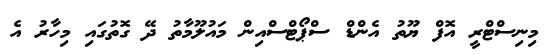
މިނިސްޓްރީ އޮފް ޔޫތު އެންޑް ސްޕޯޓްސްއިން މައުލޫމާތު ދޭ ގޮތުގައި މިހާރު އެ